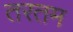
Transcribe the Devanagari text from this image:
तरतम